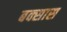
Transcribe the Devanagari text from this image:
बक्सास